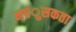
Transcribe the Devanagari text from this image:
नपंुसकता